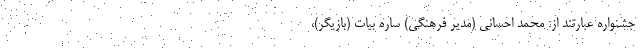
جشنواره عبارتند از: محمد احسانی (مدیر فرهنگی) ساره بیات (بازیگر)،